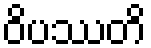
ဝိပဿတိ